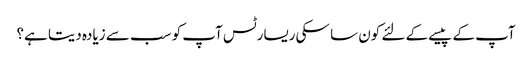
آپ کے پیسے کے لئے کون سا سکی ریسارٹس آپ کو سب سے زیادہ دیتا ہے؟